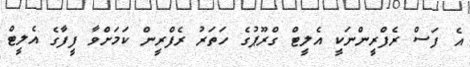
އެ ފަސް ރެފްރީންނަކީ އެލީޓް ގްރޫޕުގެ ހަތަރު ރެފްރީން ކަމަށްވާ ފީފާގެ އެލީޓް